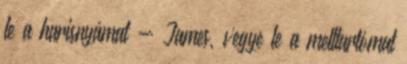
le a harisnyámat - James, vegye le a melltartómat